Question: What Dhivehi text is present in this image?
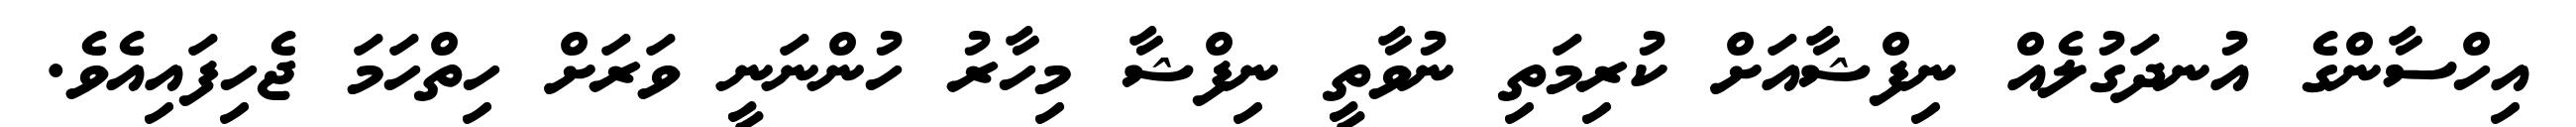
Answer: އިހްސާންގެ އުނދަގުލެއް ނިފްޝާއަށް ކުރިމަތި ނުވާތީ ނިފްޝާ މިހާރު ހުންނަނީ ވަރަށް ހިތްހަމަ ޖެހިފައިއެވެ.